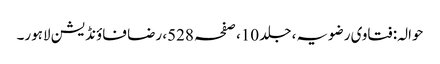
حوالہ: فتاوی رضویہ، جلد 10، صفحہ 528، رضا فاؤنڈیشن لاہور۔